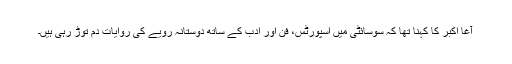
آغا اکبر کا کہنا تھا کہ سوسائٹی میں اسپورٹس، فن اور ادب کے ساتھ دوستانہ رویے کی روایات دم توڑ رہی ہیں۔